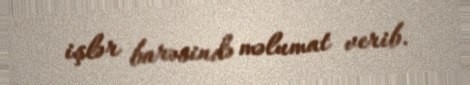
işlər barəsində məlumat verib.